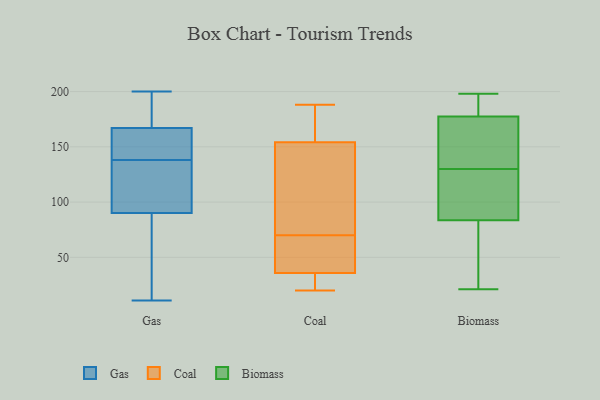
{"axis": {"x": "Budget (USD K)", "y": "Value"}, "legend": ["Biomass", "Coal", "Gas"], "data": [{"x": "", "y": 30, "type": "Gas"}, {"x": "", "y": 90, "type": "Gas"}, {"x": "", "y": 197, "type": "Gas"}, {"x": "", "y": 182, "type": "Gas"}, {"x": "", "y": 166, "type": "Gas"}, {"x": "", "y": 45, "type": "Gas"}, {"x": "", "y": 135, "type": "Gas"}, {"x": "", "y": 164, "type": "Gas"}, {"x": "", "y": 139, "type": "Gas"}, {"x": "", "y": 22, "type": "Gas"}, {"x": "", "y": 200, "type": "Gas"}, {"x": "", "y": 183, "type": "Gas"}, {"x": "", "y": 167, "type": "Gas"}, {"x": "", "y": 137, "type": "Gas"}, {"x": "", "y": 97, "type": "Gas"}, {"x": "", "y": 11, "type": "Gas"}, {"x": "", "y": 102, "type": "Gas"}, {"x": "", "y": 152, "type": "Gas"}, {"x": "", "y": 62, "type": "Coal"}, {"x": "", "y": 70, "type": "Coal"}, {"x": "", "y": 188, "type": "Coal"}, {"x": "", "y": 166, "type": "Coal"}, {"x": "", "y": 26, "type": "Coal"}, {"x": "", "y": 20, "type": "Coal"}, {"x": "", "y": 50, "type": "Coal"}, {"x": "", "y": 140, "type": "Coal"}, {"x": "", "y": 143, "type": "Coal"}, {"x": "", "y": 158, "type": "Coal"}, {"x": "", "y": 31, "type": "Coal"}, {"x": "", "y": 194, "type": "Biomass"}, {"x": "", "y": 55, "type": "Biomass"}, {"x": "", "y": 169, "type": "Biomass"}, {"x": "", "y": 198, "type": "Biomass"}, {"x": "", "y": 123, "type": "Biomass"}, {"x": "", "y": 87, "type": "Biomass"}, {"x": "", "y": 197, "type": "Biomass"}, {"x": "", "y": 108, "type": "Biomass"}, {"x": "", "y": 40, "type": "Biomass"}, {"x": "", "y": 180, "type": "Biomass"}, {"x": "", "y": 141, "type": "Biomass"}, {"x": "", "y": 137, "type": "Biomass"}, {"x": "", "y": 92, "type": "Biomass"}, {"x": "", "y": 80, "type": "Biomass"}, {"x": "", "y": 21, "type": "Biomass"}, {"x": "", "y": 189, "type": "Biomass"}, {"x": "", "y": 161, "type": "Biomass"}, {"x": "", "y": 175, "type": "Biomass"}, {"x": "", "y": 89, "type": "Biomass"}, {"x": "", "y": 72, "type": "Biomass"}]}